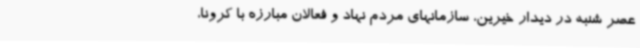
عصر شنبه در دیدار خیرین، سازمانهای مردم نهاد و فعالان مبارزه با کرونا،